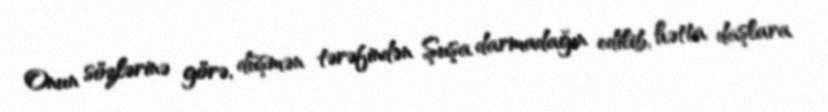
Onun sözlərinə görə, düşmən tərəfindən Şuşa darmadağın edilib, hətta daşlara